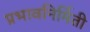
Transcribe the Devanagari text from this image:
प्रभावनिर्मिती